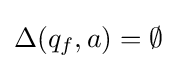
\Delta (q_{f},a)=\emptyset